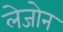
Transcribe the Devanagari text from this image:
लेजोन